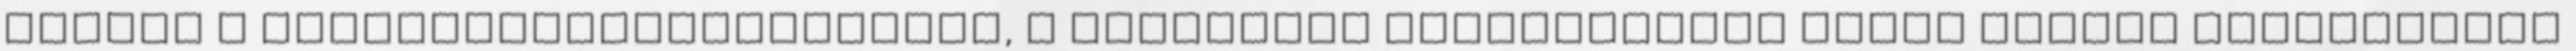
voltak a követelményrendszerrel, a megfelelô kapcsolatunk révén kiváló kollektívát